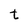
Character: t